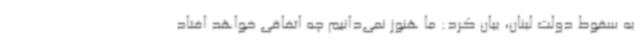
به سقوط دولت لبنان، بیان کرد: ما هنوز نمی‌دانیم چه اتفاقی خواهد افتاد